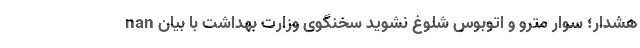
nan هشدار؛ سوار مترو و اتوبوس شلوغ نشوید سخنگوی وزارت بهداشت با بیان